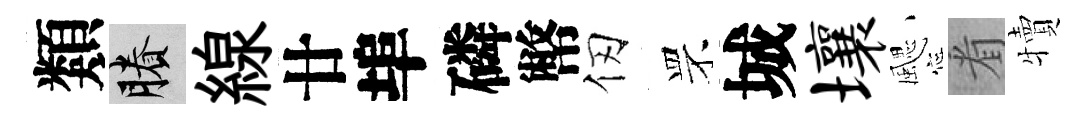
類賸線廿埠磷幣仞罘城壤颸㸔犢